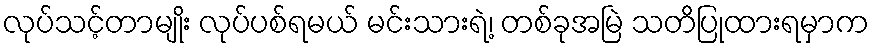
လုပ်သင့်တာမျိုး လုပ်ပစ်ရမယ် မင်းသားရဲ့၊ တစ်ခုအမြဲ သတိပြုထားရမှာက